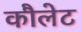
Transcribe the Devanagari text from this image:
कौलेट